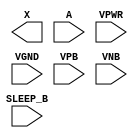
module sky130_fd_sc_lp__inputiso0n (
    X      ,
    A      ,
    SLEEP_B,
    VPWR   ,
    VGND   ,
    VPB    ,
    VNB
);

    output X      ;
    input  A      ;
    input  SLEEP_B;
    input  VPWR   ;
    input  VGND   ;
    input  VPB    ;
    input  VNB    ;
endmodule